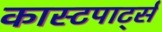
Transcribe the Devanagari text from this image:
कास्टपार्ट्स